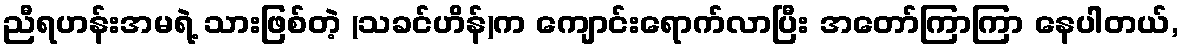
ညီရဟန်းအမရဲ့ သားဖြစ်တဲ့ (သခင်ဟိန်)က ကျောင်းရောက်လာပြီး အတော်ကြာကြာ နေပါတယ်,